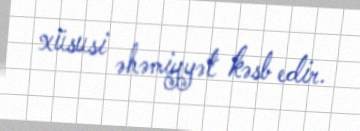
xüsusi əhəmiyyət kəsb edir.